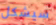
سيشكل